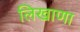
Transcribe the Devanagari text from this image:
लिखाणा